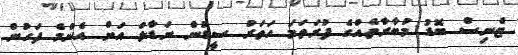
ޓެނިސް ބޮޑު މުބާރާތެއްގެ ފުރަތަމަ ހަތަރު ސީޑުން ނަޑާލް އަށް އެންމެ ފަހުން